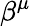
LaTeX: \beta^{\mu}